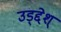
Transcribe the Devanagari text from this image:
उड्द्देश्